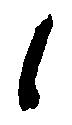
候